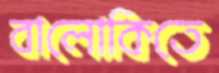
বালোকিতে